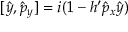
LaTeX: [ \hat { y } , \hat { p } _ { y } ] = i ( 1 - h ^ { \prime } \hat { p } _ { x } \hat { y } )